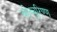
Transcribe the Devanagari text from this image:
कोच्चुरिण्ण